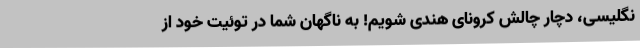
نگلیسی، دچار چالش کرونای هندی شویم! به ناگهان شما در توئیت خود از